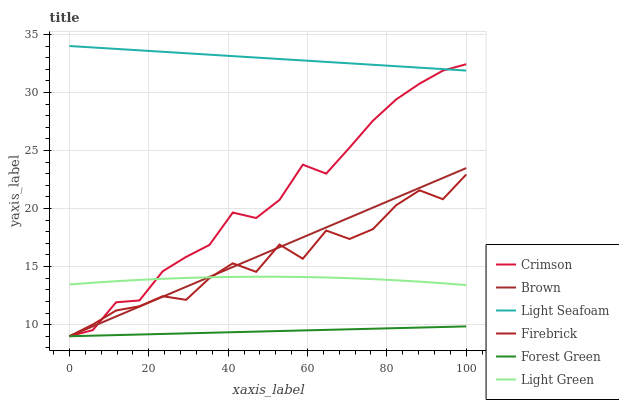
| xaxis_label | Crimson | Brown | Light Seafoam | Firebrick | Forest Green | Light Green |
 | --- | --- | --- | --- | --- | --- | --- |
 | 0 | 9 | 9 | 34 | 9 | 9 | 13.5 |
 | 5.88 | 9.53 | 9.85 | 33.9 | 10 | 9.05 | 13.6 |
 | 11.8 | 11.9 | 10.7 | 33.8 | 11.2 | 9.1 | 13.7 |
 | 17.6 | 12.1 | 11.6 | 33.6 | 11.6 | 9.15 | 13.9 |
 | 23.5 | 14.6 | 12.4 | 33.5 | 12.4 | 9.2 | 13.9 |
 | 29.4 | 15.8 | 13.3 | 33.4 | 12.1 | 9.25 | 14 |
 | 35.3 | 16.9 | 14.1 | 33.3 | 14 | 9.3 | 14.1 |
 | 41.2 | 19.7 | 15 | 33.1 | 15.3 | 9.35 | 14.1 |
 | 47.1 | 19.2 | 15.8 | 33 | 14.5 | 9.4 | 14.1 |
 | 52.9 | 20.7 | 16.7 | 32.9 | 16.9 | 9.45 | 14.1 |
 | 58.8 | 23.8 | 17.5 | 32.8 | 15.7 | 9.5 | 14.1 |
 | 64.7 | 23 | 18.4 | 32.6 | 18.1 | 9.55 | 14.1 |
 | 70.6 | 25.2 | 19.2 | 32.5 | 17.4 | 9.6 | 14 |
 | 76.5 | 27.6 | 20.1 | 32.4 | 18.2 | 9.65 | 13.9 |
 | 82.4 | 29.4 | 20.9 | 32.3 | 20.3 | 9.7 | 13.8 |
 | 88.2 | 30.8 | 21.8 | 32.1 | 21.6 | 9.75 | 13.7 |
 | 94.1 | 31.9 | 22.6 | 32 | 20.8 | 9.8 | 13.6 |
 | 100 | 32.4 | 23.5 | 31.9 | 22.9 | 9.85 | 13.4 |